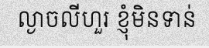
ល្ងាចលីហួរ ខ្ញុំមិនទាន់